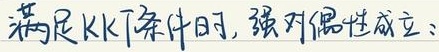
满足KKT条件时，强对偶性成立：